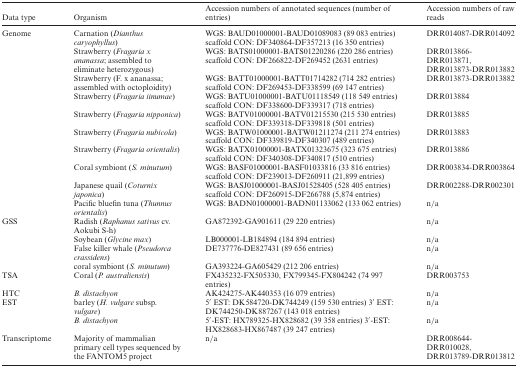
<table><thead><tr><td><b>Data type</b></td><td><b>Organism</b></td><td><b>Accession numbers of annotated sequences (number of entries)</b></td><td><b>Accession numbers of raw reads</b></td></tr></thead><tbody><tr><td>Genome</td><td>Carnation (<i>Dianthus caryophyllus</i>)</td><td>WGS: BAUD01000001-BAUD01089083 (89 083 entries) scaffold CON: DF340864-DF357213 (16 350 entries)</td><td>DRR014087-DRR014092</td></tr><tr><td></td><td>Strawberry (<i>Fragaria x ananassa</i>; assembled to eliminate heterozygous)</td><td>WGS: BATS01000001-BATS01220286 (220 286 entries) scaffold CON: DF266822-DF269452 (2631 entries)</td><td>DRR013866-DRR013871, DRR013873-DRR013882</td></tr><tr><td></td><td>Strawberry (F. x ananassa; assembled with octoploidity)</td><td>WGS: BATT01000001-BATT01714282 (714 282 entries) scaffold CON: DF269453-DF338599 (69 147 entries)</td><td>DRR013873-DRR013882</td></tr><tr><td></td><td>Strawberry (<i>Fragaria iinumae</i>)</td><td>WGS: BATU01000001-BATU01118549 (118 549 entries) scaffold CON: DF338600-DF339317 (718 entries)</td><td>DRR013884</td></tr><tr><td></td><td>Strawberry (<i>Fragaria nipponica</i>)</td><td>WGS: BATV01000001-BATV01215530 (215 530 entries) scaffold CON: DF339318-DF339818 (501 entries)</td><td>DRR013885</td></tr><tr><td></td><td>Strawberry (<i>Fragaria nubicola</i>)</td><td>WGS: BATW01000001-BATW01211274 (211 274 entries) scaffold CON: DF339819-DF340307 (489 entries)</td><td>DRR013883</td></tr><tr><td></td><td>Strawberry (<i>Fragaria orientalis</i>)</td><td>WGS: BATX01000001-BATX01323675 (323 675 entries) scaffold CON: DF340308-DF340817 (510 entries)</td><td>DRR013886</td></tr><tr><td></td><td>Coral symbiont (<i>S. minutum</i>)</td><td>WGS: BASF01000001-BASF01033816 (33 816 entries) scaffold CON: DF239013-DF260911 (21,899 entries)</td><td>DRR003834-DRR003864</td></tr><tr><td></td><td>Japanese quail (<i>Coturnix japonica</i>)</td><td>WGS: BASJ01000001-BASJ01528405 (528 405 entries) scaffold CON: DF260915-DF266788 (5,874 entries)</td><td>DRR002288-DRR002301</td></tr><tr><td></td><td>Pacific bluefin tuna (<i>Thunnus orientalis</i>)</td><td>WGS: BADN01000001-BADN01133062 (133 062 entries)</td><td>n/a</td></tr><tr><td>GSS</td><td>Radish (<i>Raphanus sativus</i> cv. Aokubi S-h)</td><td>GA872392-GA901611 (29 220 entries)</td><td>n/a</td></tr><tr><td></td><td>Soybean (<i>Glycine max</i>)</td><td>LB000001-LB184894 (184 894 entries)</td><td>n/a</td></tr><tr><td></td><td>False killer whale (<i>Pseudorca crassidens</i>)</td><td>DE737776-DE827431 (89 656 entries)</td><td>n/a</td></tr><tr><td></td><td>coral symbiont (<i>S. minutum</i>)</td><td>GA393224-GA605429 (212 206 entries)</td><td>n/a</td></tr><tr><td>TSA</td><td>Coral (<i>P. australiensis</i>)</td><td>FX435232-FX505330, FX799345-FX804242 (74 997 entries)</td><td>DRR003753</td></tr><tr><td>HTC</td><td><i>B. distachyon</i></td><td>AK424275-AK440353 (16 079 entries)</td><td>n/a</td></tr><tr><td>EST</td><td>barley (<i>H. vulgare</i> subsp. <i>vulgare</i>)</td><td>5′ EST: DK584720-DK744249 (159 530 entries) 3′ EST: DK744250-DK887267 (143 018 entries)</td><td>n/a</td></tr><tr><td></td><td><i>B. distachyon</i></td><td>5′-EST: HX789325-HX828682 (39 358 entries) 3′-EST: HX828683-HX867487 (39 247 entries)</td><td>n/a</td></tr><tr><td>Transcriptome</td><td>Majority of mammalian primary cell types sequenced by the FANTOM5 project</td><td>n/a</td><td>DRR008644-DRR010028, DRR013789-DRR013812</td></tr></tbody></table>